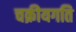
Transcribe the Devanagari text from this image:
चक्रीयगति